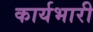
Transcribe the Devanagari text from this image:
कार्यभारी